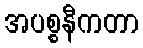
အပစ္စနီကတာ